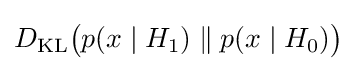
{\textstyle D_{\text{KL}}{\bigl (}p(x\mid H_{1})\parallel p(x\mid H_{0}){\bigr )}}